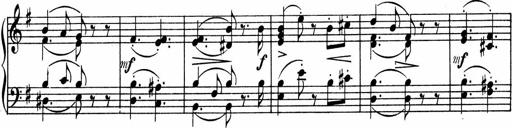
Title: 3 Sonatinen fÃ¼r Pianoforte
Composer: Fritz von Bose